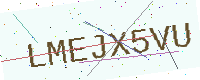
Text: LMEJX5VU